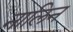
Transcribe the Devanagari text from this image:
नालिन